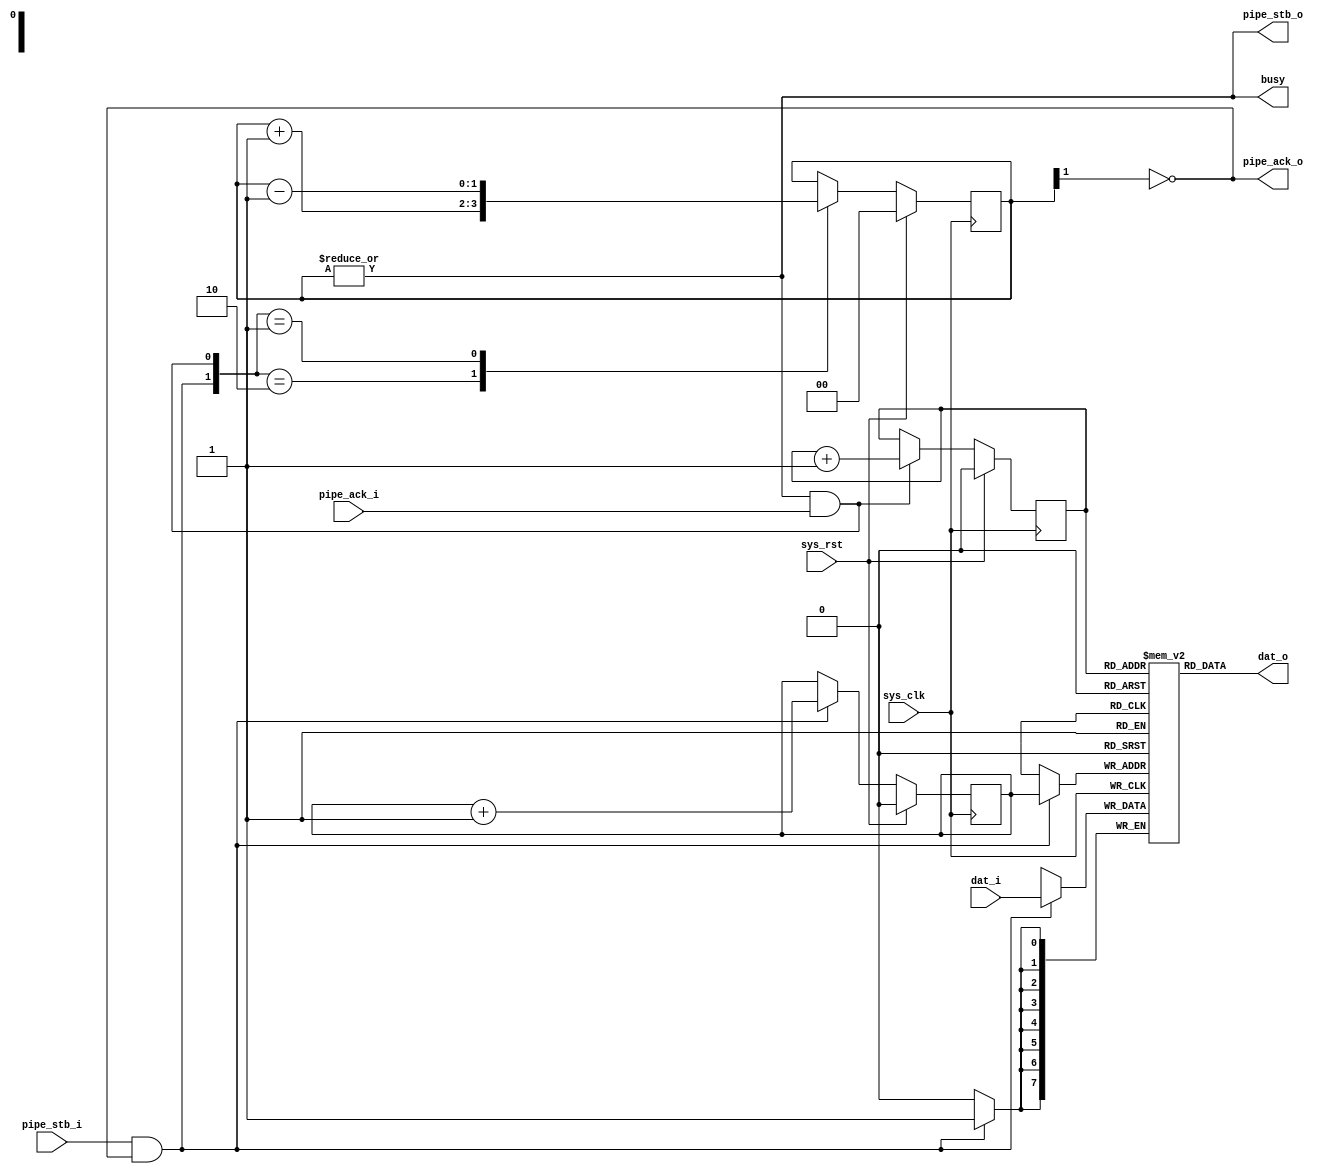
/*
 * Milkymist SoC
 * Copyright (C) 2007, 2008, 2009, 2010, 2011 Sebastien Bourdeauducq
 *
 * This program is free software: you can redistribute it and/or modify
 * it under the terms of the GNU General Public License as published by
 * the Free Software Foundation, version 3 of the License.
 *
 * This program is distributed in the hope that it will be useful,
 * but WITHOUT ANY WARRANTY; without even the implied warranty of
 * MERCHANTABILITY or FITNESS FOR A PARTICULAR PURPOSE.  See the
 * GNU General Public License for more details.
 *
 * You should have received a copy of the GNU General Public License
 * along with this program.  If not, see <http://www.gnu.org/licenses/>.
 */

module tmu2_buffer #(
	parameter width = 8,
	parameter depth = 1 /* < log2 of the storage size, in words */
) (
	input sys_clk,
	input sys_rst,

	output busy,

	input pipe_stb_i,
	output pipe_ack_o,
	input [width-1:0] dat_i,

	output pipe_stb_o,
	input pipe_ack_i,
	output [width-1:0] dat_o
);

reg [width-1:0] storage[0:(1 << depth)-1];

reg [depth-1:0] produce;
reg [depth-1:0] consume;
reg [depth:0] level;

wire inc = pipe_stb_i & pipe_ack_o;
wire dec = pipe_stb_o & pipe_ack_i;

always @(posedge sys_clk) begin
	if(sys_rst) begin
		produce <= 0;
		consume <= 0;
	end else begin
		if(inc)
			produce <= produce + 1;
		if(dec)
			consume <= consume + 1;
	end
end

always @(posedge sys_clk) begin
	if(sys_rst)
		level <= 0;
	else begin
		case({inc, dec})
			2'b10: level <= level + 1;
			2'b01: level <= level - 1;
			default:;
		endcase
	end
end

always @(posedge sys_clk) begin
	if(inc)
		storage[produce] <= dat_i;
end

assign dat_o = storage[consume];

assign busy = |level;
assign pipe_ack_o = ~level[depth];
assign pipe_stb_o = |level;

endmodule